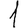
Digit: 1